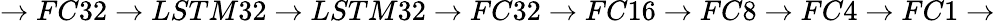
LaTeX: \rightarrow FC32\rightarrow LSTM32\rightarrow LSTM32\rightarrow FC32\rightarrow FC16\rightarrow FC8\rightarrow FC4\rightarrow FC1\rightarrow